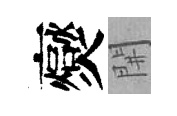
爕𨳩